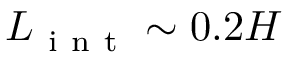
L _ { \mathrm { ~ i ~ n ~ t ~ } } \sim 0 . 2 H